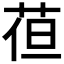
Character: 𮏈